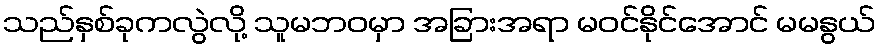
သည်နှစ်ခုကလွဲလို့ သူမဘဝမှာ အခြားအရာ မဝင်နိုင်အောင် မမနွယ်